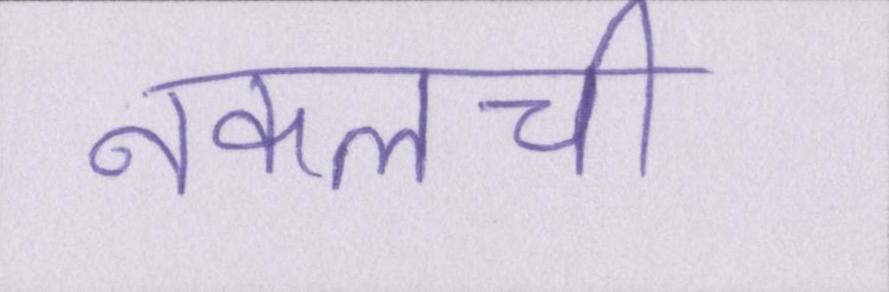
नकलची